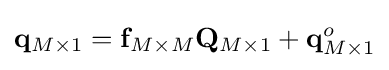
\mathbf {q} _{M\times 1}=\mathbf {f} _{M\times M}\mathbf {Q} _{M\times 1}+\mathbf {q} _{M\times 1}^{o}